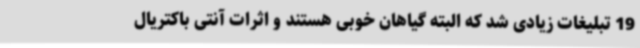
19 تبلیغات زیادی شد که البته گیاهان خوبی هستند و اثرات آنتی باکتریال